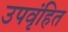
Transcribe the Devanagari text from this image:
उपवृंहित